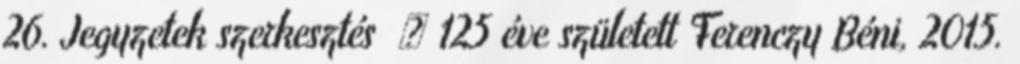
26. Jegyzetek szerkesztés ↑ 125 éve született Ferenczy Béni, 2015.